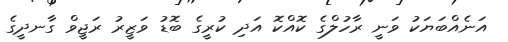
އަނެއްބަޔަކު ވަނީ ރާހުލްގެ ކޮއްކޮ އަދި ކުރީގެ ބޮޑު ވަޒީރު ރަޖީވް ގާނދީގެ